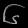
Digit: ၆